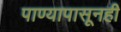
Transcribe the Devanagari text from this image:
पाण्यापासूनही